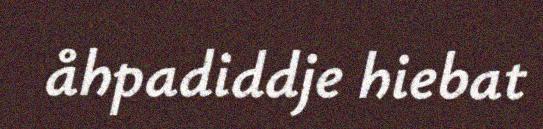
åhpadiddje hiebat